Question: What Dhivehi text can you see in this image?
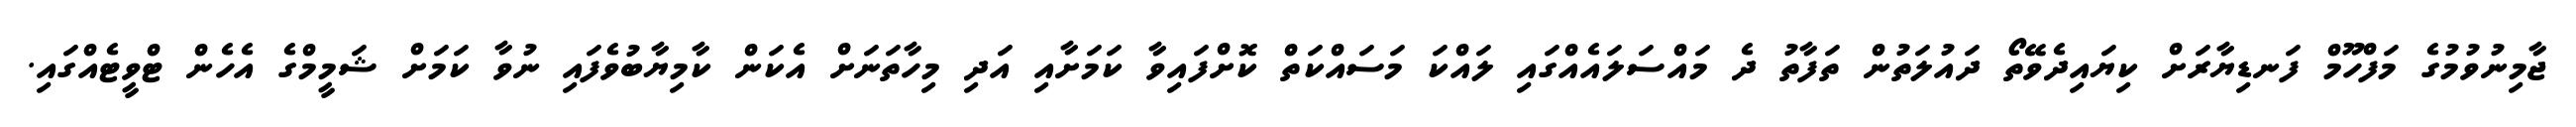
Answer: ޖާމިނުވުމުގެ މަފްހޫމް ފަނޑިޔާރަށް ކިޔައިދެވޭތޯ ދައުލަތުން ތަފާތު ދެ މައްސަލައެއްގައި ލައްކަ މަސައްކަތް ކޮށްފައިވާ ކަމަށާއި އަދި މިހާތަނަށް އެކަން ކާމިޔާބުވެފައި ނުވާ ކަމަށް ޝަމީމްގެ އެހެން ޓްވީޓެއްގައި.